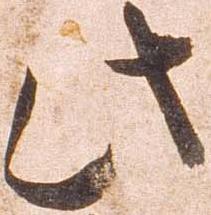
此